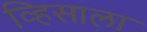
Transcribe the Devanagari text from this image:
व्हिसाला